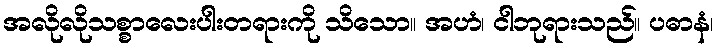
အလိုလိုသစ္စာလေးပါးတရားကို သိသော။ အဟံ၊ ငါဘုရားသည်။ ပဓာနံ၊